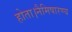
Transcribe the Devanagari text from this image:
होता।नैमिषारण्य